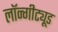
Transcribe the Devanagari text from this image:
लॉन्गीट्यूड